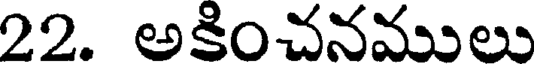
22. అకించనములు